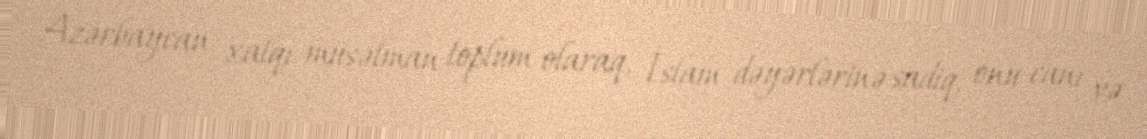
Azərbaycan xalqı müsəlman toplum olaraq, İslam dəyərlərinə sadiq, onu canı və